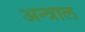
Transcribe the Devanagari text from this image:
अन्त्राल